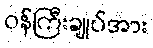
ဝန်ကြီးချုပ်အား